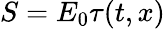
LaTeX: S=E_{0}\tau(t,x)